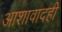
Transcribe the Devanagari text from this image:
आशावादही